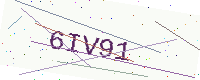
Text: 6IV91